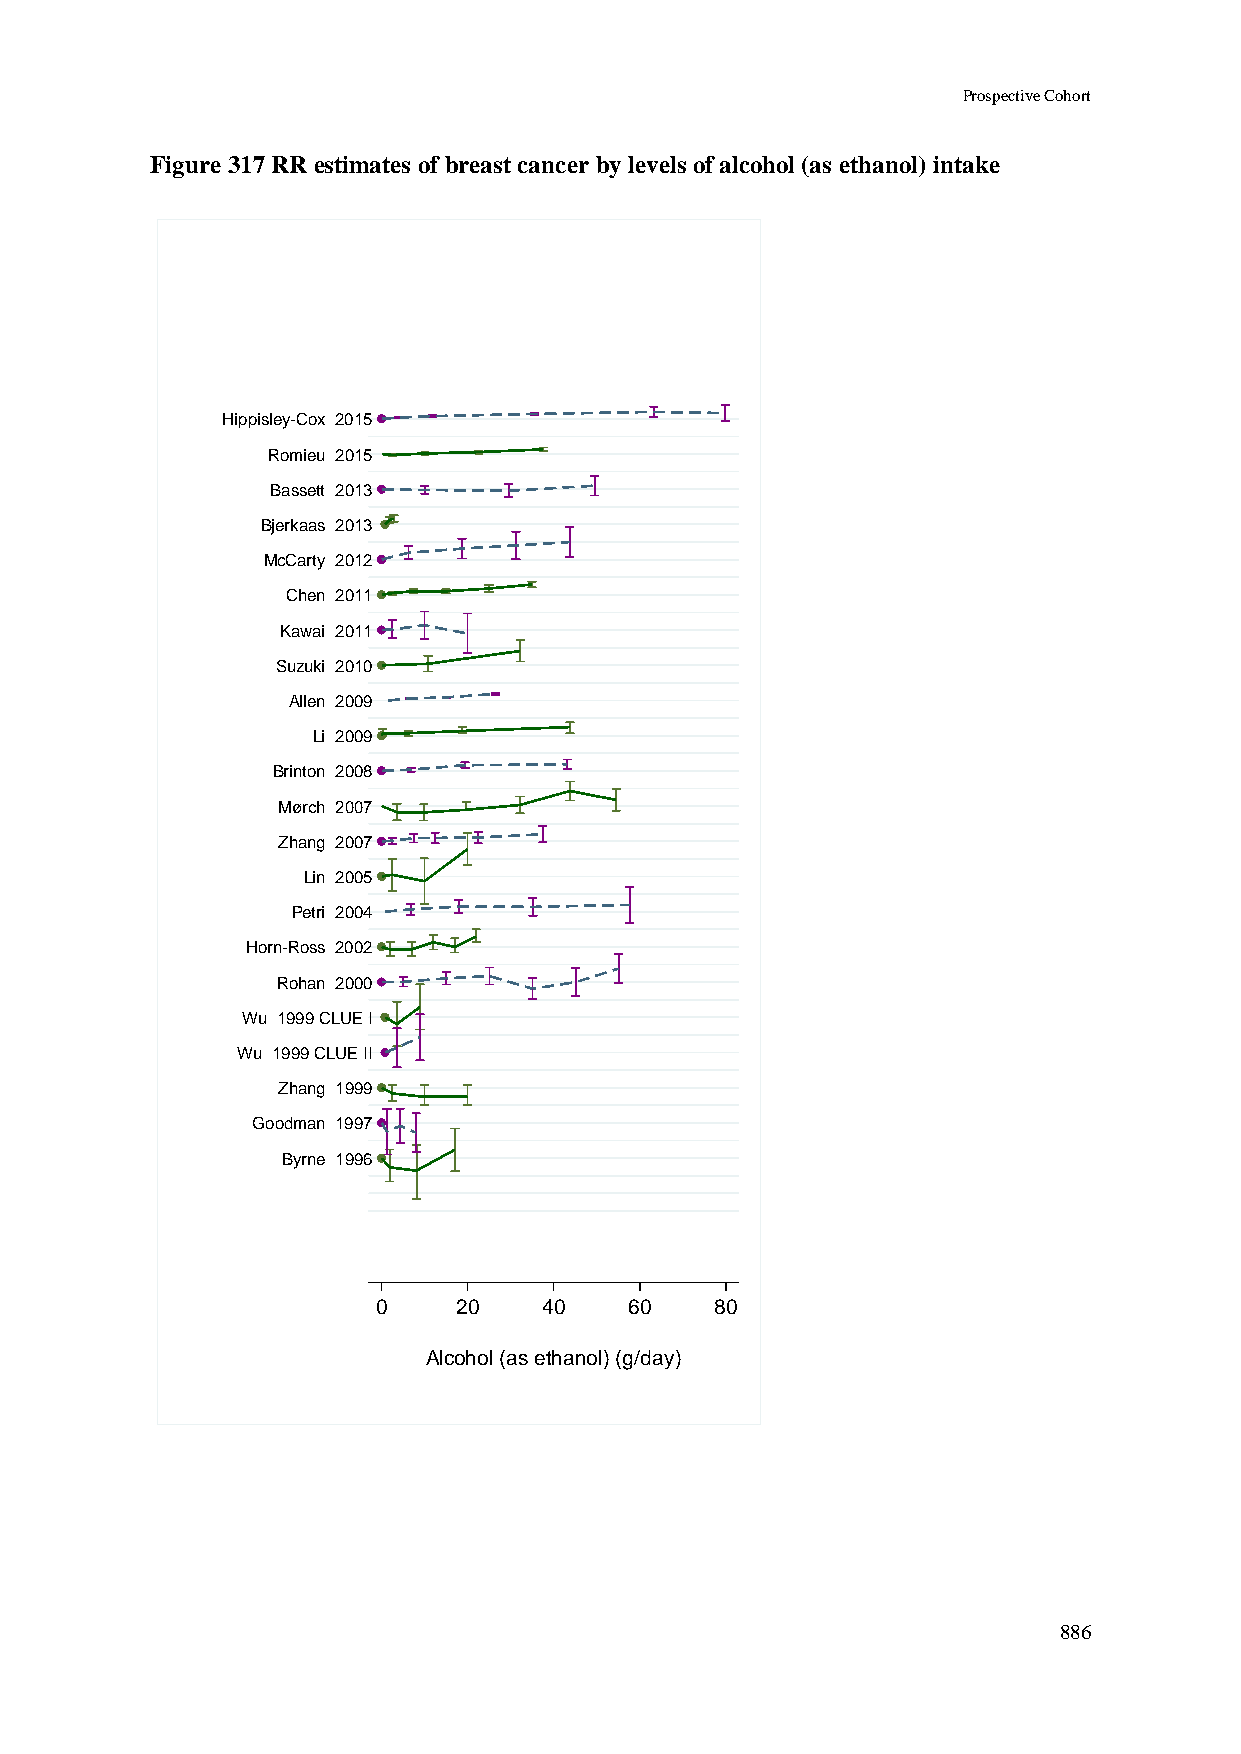
Prospective Cohort
 Figure 317 RR estimates of breast cancer by levels of alcohol (as ethanol) intake
 Hippisley-Cox 2015
 Romieu 2015
 Bassett 2013
 Bjerkaas 2013
 McCarty 2012
 Chen 2011
 Kawai 2011
 Suzuki 2010
 Allen 2009
 Li 2009
 Brinton 2008
 Mørch 2007
 Zhang 2007
 Lin 2005
 Petri 2004
 Horn-Ross 2002
 Rohan 2000
 Wu 1999 CLUE I
 Wu 1999 CLUE II
 Zhang 1999
 Goodman 1997
 Byrne 1996
 0    20    40    60   80
 Alcohol (as ethanol) (g/day)
 886